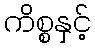
ကိစ္စနှင့်